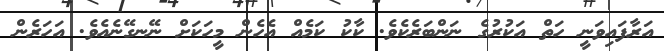
އަރާފައިވަނީ ހަތް އަކުރުގެ ނަަންބަރެކެެވެ. ކާކު ކަމެއް އެހެން މީހަކަށް ނޭނގޭނެއެވެ. އަހަރެން